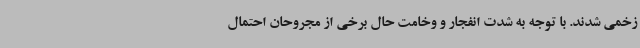
زخمی شدند. با توجه به شدت انفجار و وخامت حال برخی از مجروحان احتمال